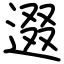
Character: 逫